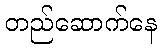
တည်ဆောက်နေ